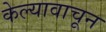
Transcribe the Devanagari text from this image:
केल्यावाचून